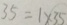
3 5 = 1 \times 3 5